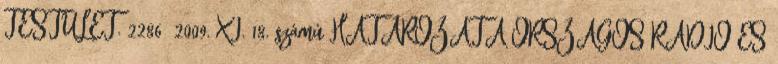
TESTÜLET. 2286 2009. XI. 18. számú HATÁROZATA ORSZÁGOS RÁDIÓ ÉS